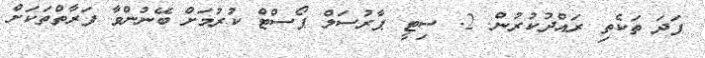
ފަދަ ތަކެތި ރައްދުކުރުން. 2. ސިޓީ ޕާރުސަލް ޕޯސްޓް ކުރުމަށް ބޭނުންވާ ފަރާތްތަކަށް